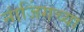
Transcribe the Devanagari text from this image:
नांजिंगच्या